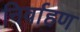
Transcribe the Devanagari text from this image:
निर्वाहण